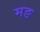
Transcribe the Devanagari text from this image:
मङ